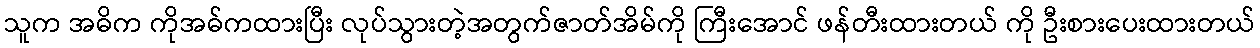
သူက အဓိက ကိုအဓ်ကထားပြီး လုပ်သွားတဲ့အတွက်ဇာတ်အိမ်ကို ကြီးအောင် ဖန်တီးထားတယ် ကို ဦးစားပေးထားတယ်